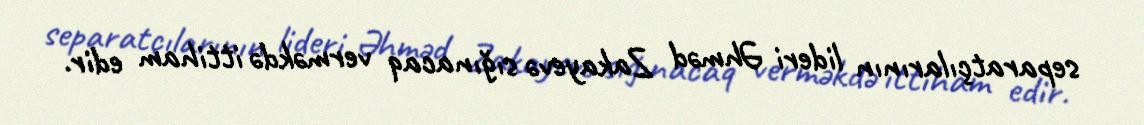
separatçılarının lideri Əhməd Zakayevə sığınacaq verməkdə ittiham edir.